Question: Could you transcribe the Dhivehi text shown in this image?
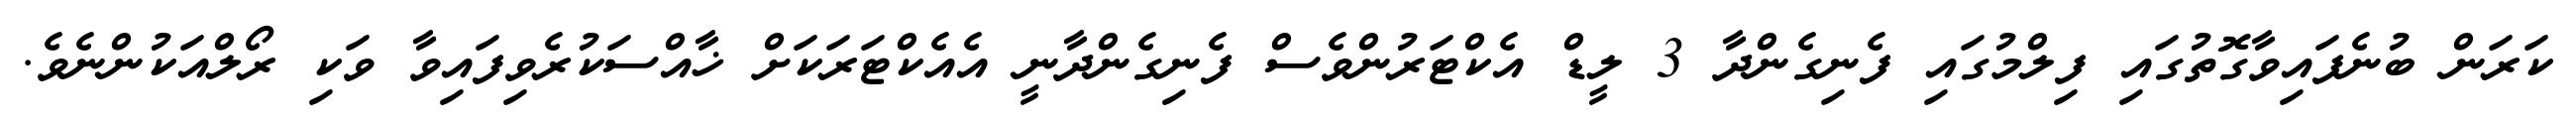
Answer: ކަރަން ބުނެފައިވާގޮތުގައި ފިލްމުގައި ފެނިގެންދާ 3 ލީޑް އެކްޓަރުންވެސް ފެނިގެންދާނީ އެއެކްޓަރަކަށް ޚާއްސަކުރެވިފައިވާ ވަކި ރޯލްއަކުންނެވެ.